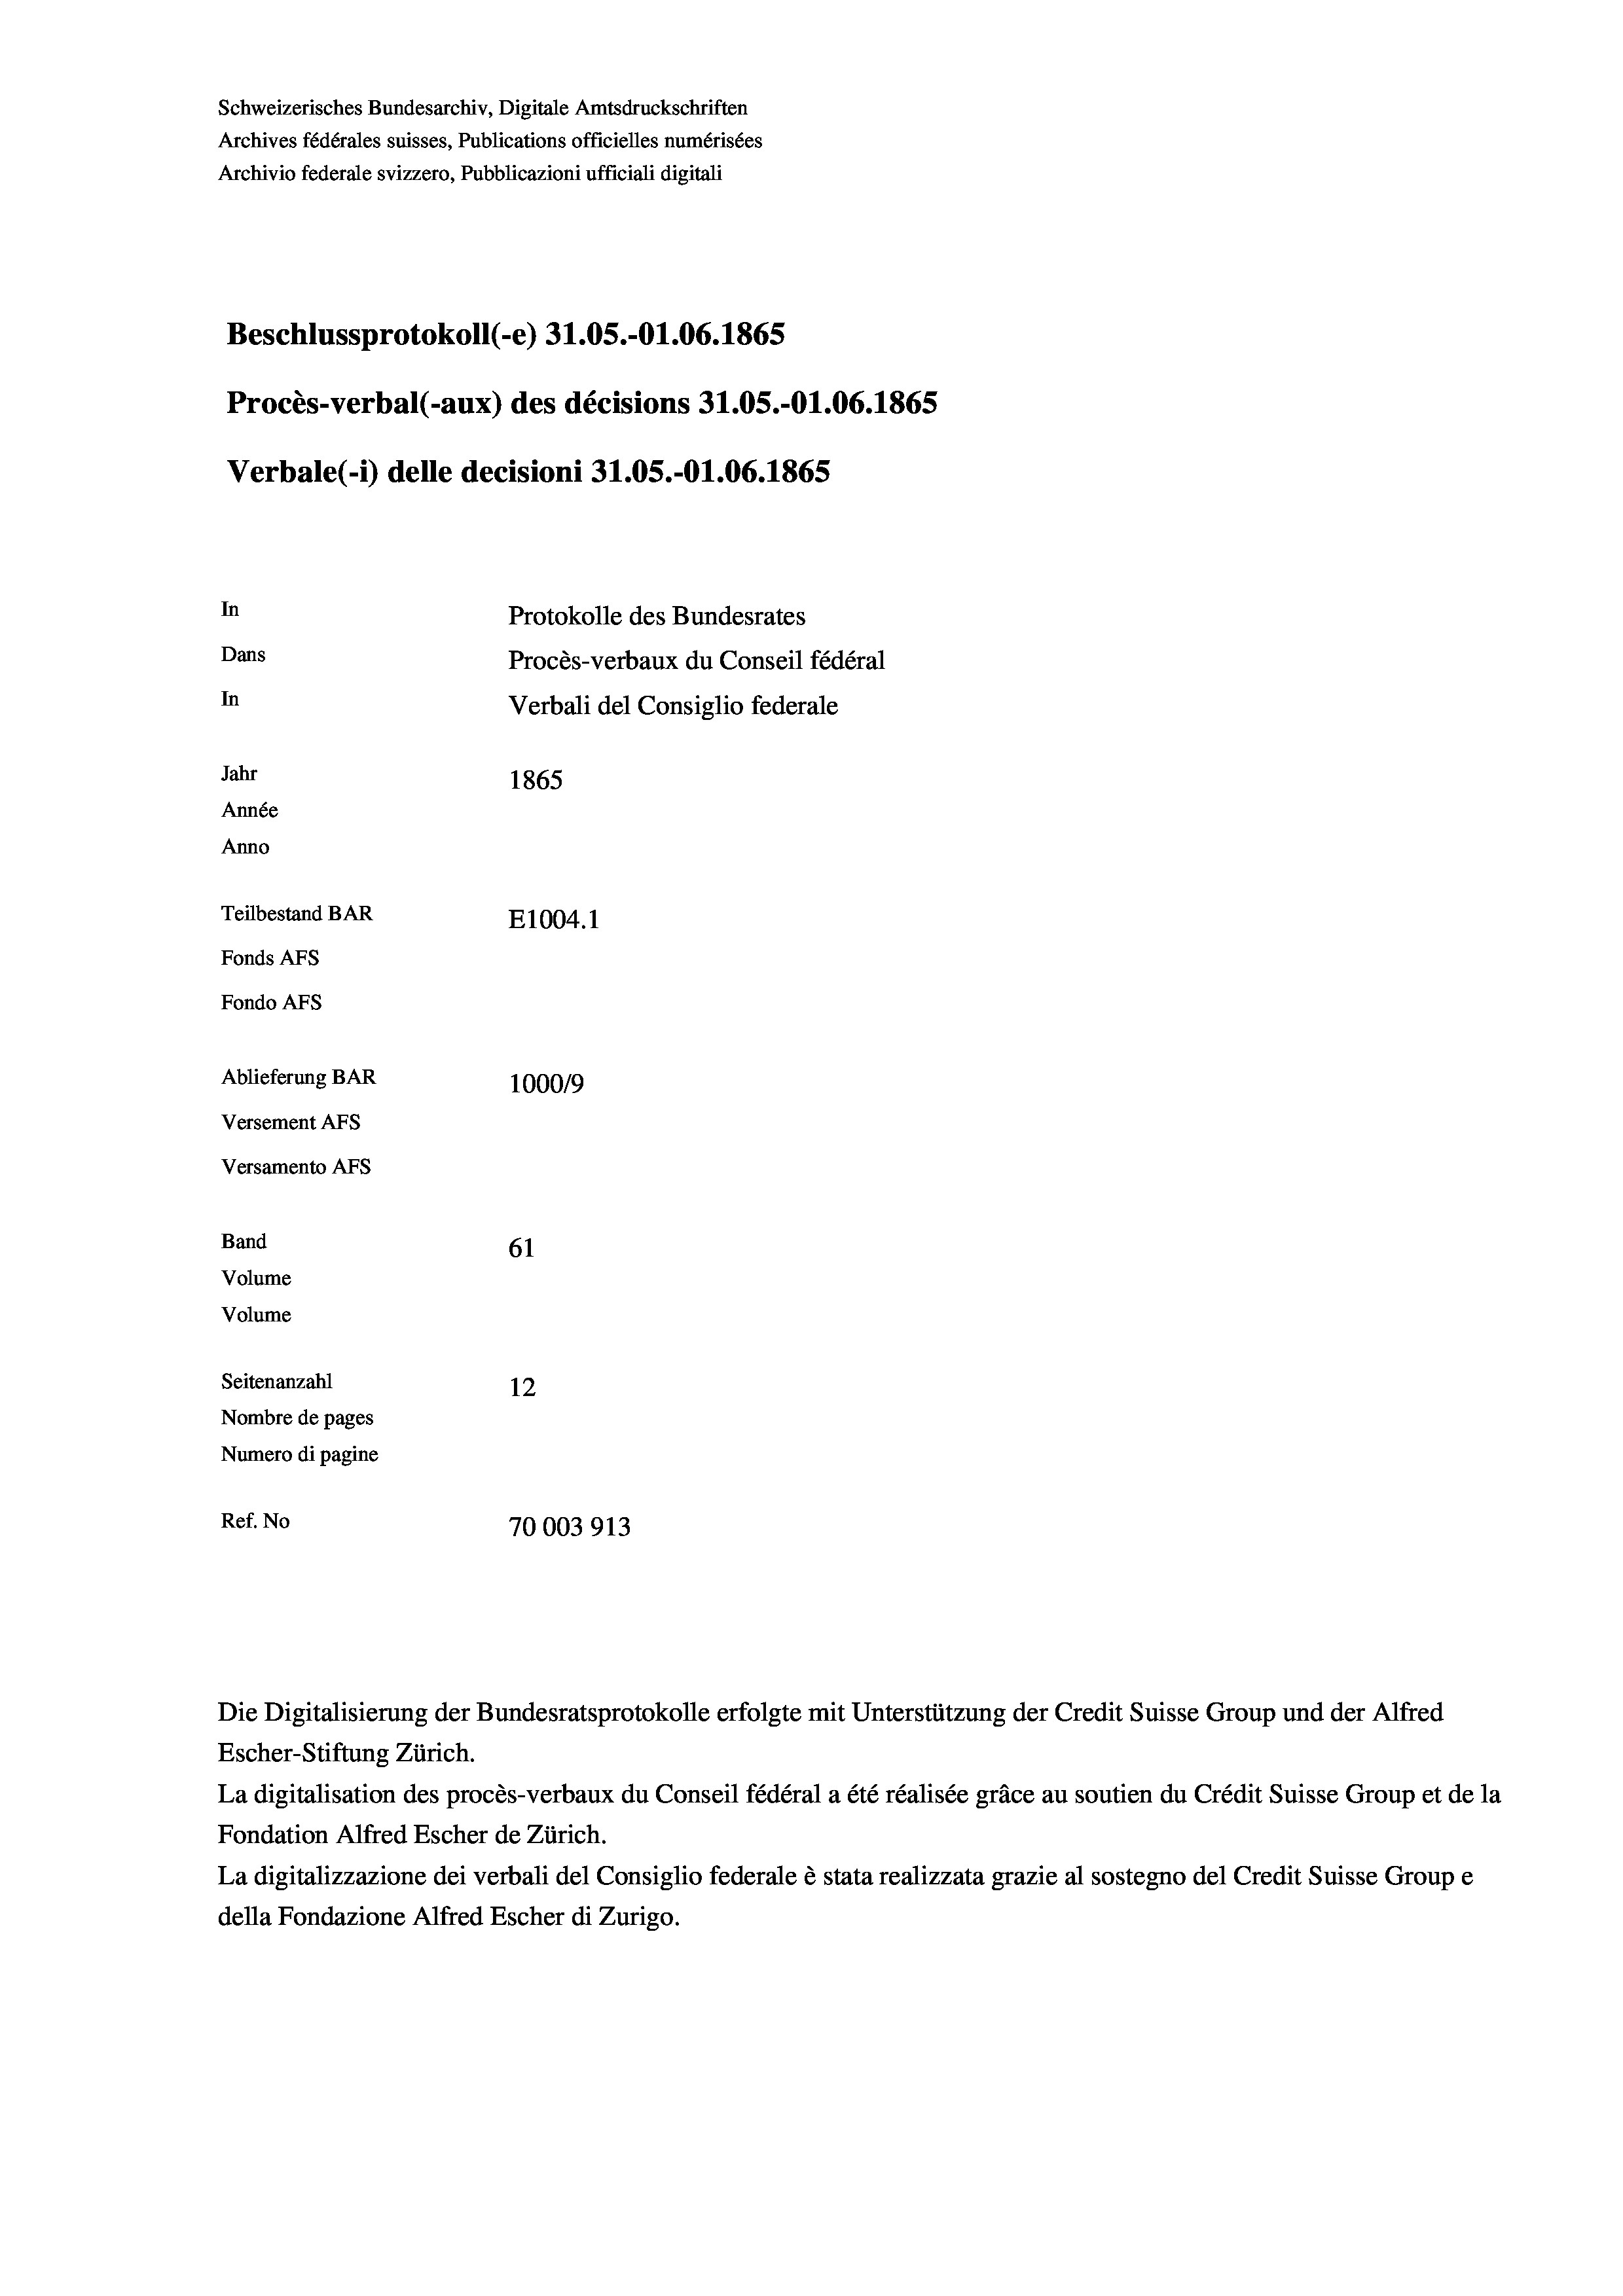
Schweizerisches Bundesarchiv, Digitale Amtsdruckschriften
Archives fédérales suisses, Publications officielles numérisées
Archivio federale svizzero, Pubblicazioni ufficiali digitali
Beschlussprotokoll (-e) 31.05.-O1.06. 1865
Procès-verbal (-aux) des décisions 31.05.-O1.06. 1865
Verbale (i) delle decisioni 31.05.-Ol.06. 1865
In
Protokolle des Bundesrates
Dans
Procès-verbaux du Conseil fédéral
In
Verbali del Consiglio federale
Jahr
1865
Année
Anno
Teilbestand BAR
E1004.1
Fonds AFs
Fondo Afs
Ablieferung BAR
100019
Versement AFs
Versamento Afs
Band
61
Volume
Volume
Seitenanzahl
12
Nombre de pages
Numero di pagine
Ref. No
70003913

Escher-Stiftung Zürich.
La digitalisation des procès-verbaux du Conseil fédéral a été réalisée gräce au soutien du Crédit Suisse Group et de la
Fondation Alfred Escher de Zürich.
La digitalizzazione dei verbali del Consiglio federale è stata realizzata grazie al sostegno del Credit Suisse Groupe
della Fondazione Alfred Escher di Zurigo.

Die Digitalisierung der Bundesratsprotokolle erfolgte mit Unterstützung der Credit Suisse Group und der Alfred